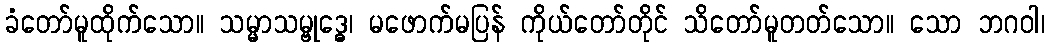
ခံတော်မူထိုက်သော။ သမ္မာသမ္ဗုဒ္ဓေ၊ မဖောက်မပြန် ကိုယ်တော်တိုင် သိတော်မူတတ်သော။ သော ဘဂဝါ၊